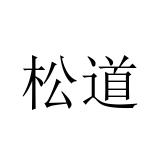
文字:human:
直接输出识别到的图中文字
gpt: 松道